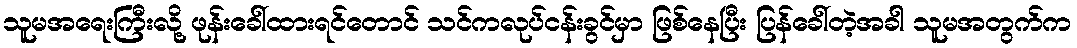
သူမအရေးကြီးလို့ ဖုန်းခေါ်ထားရင်တောင် သင်ကလုပ်ငန်းခွင်မှာ ဖြစ်နေပြီး ပြန်ခေါ်တဲ့အခါ သူမအတွက်က